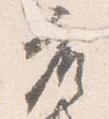
座